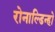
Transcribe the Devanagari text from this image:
रोनाल्डिन्हो